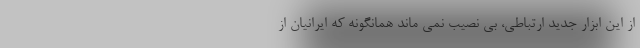
از این ابزار جدید ارتباطی، بی نصیب نمی ماند همانگونه که ایرانیان از